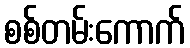
စစ်တမ်းကောက်